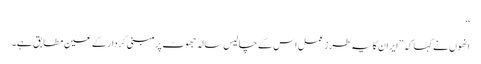
‘‘
انھوں نے کہا کہ ’’ایران کا یہ طرزعمل اس کے چالیس سالہ جھوٹ پرمبنی کردار کے عین مطابق ہے۔